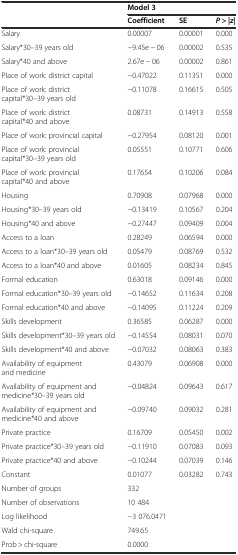
<table><thead><tr><td></td><td colspan="3"><b>Model 3</b></td></tr><tr><td></td><td><b>Coefficient</b></td><td><b>SE</b></td><td><b><i>P</i> &gt; |<i>z</i>|</b></td></tr></thead><tbody><tr><td>Salary</td><td>0.00007</td><td>0.00001</td><td>0.000</td></tr><tr><td>Salary*30–39 years old</td><td>−9.45e − 06</td><td>0.00002</td><td>0.535</td></tr><tr><td>Salary*40 and above</td><td>2.67e − 06</td><td>0.00002</td><td>0.861</td></tr><tr><td>Place of work: district capital</td><td>−0.47022</td><td>0.11351</td><td>0.000</td></tr><tr><td>Place of work: district capital*30–39 years old</td><td>−0.11078</td><td>0.16615</td><td>0.505</td></tr><tr><td>Place of work: district capital*40 and above</td><td>0.08731</td><td>0.14913</td><td>0.558</td></tr><tr><td>Place of work: provincial capital</td><td>−0.27954</td><td>0.08120</td><td>0.001</td></tr><tr><td>Place of work: provincial capital*30–39 years old</td><td>0.05551</td><td>0.10771</td><td>0.606</td></tr><tr><td>Place of work: provincial capital*40 and above</td><td>0.17654</td><td>0.10206</td><td>0.084</td></tr><tr><td>Housing</td><td>0.70908</td><td>0.07968</td><td>0.000</td></tr><tr><td>Housing*30–39 years old</td><td>−0.13419</td><td>0.10567</td><td>0.204</td></tr><tr><td>Housing*40 and above</td><td>−0.27447</td><td>0.09409</td><td>0.004</td></tr><tr><td>Access to a loan</td><td>0.28249</td><td>0.06594</td><td>0.000</td></tr><tr><td>Access to a loan*30–39 years old</td><td>0.05479</td><td>0.08769</td><td>0.532</td></tr><tr><td>Access to a loan*40 and above</td><td>0.01605</td><td>0.08234</td><td>0.845</td></tr><tr><td>Formal education</td><td>0.63018</td><td>0.09146</td><td>0.000</td></tr><tr><td>Formal education*30–39 years old</td><td>−0.14652</td><td>0.11634</td><td>0.208</td></tr><tr><td>Formal education*40 and above</td><td>−0.14095</td><td>0.11224</td><td>0.209</td></tr><tr><td>Skills development</td><td>0.36585</td><td>0.06287</td><td>0.000</td></tr><tr><td>Skills development*30–39 years old</td><td>−0.14554</td><td>0.08031</td><td>0.070</td></tr><tr><td>Skills development*40 and above</td><td>−0.07032</td><td>0.08063</td><td>0.383</td></tr><tr><td>Availability of equipment and medicine</td><td>0.43079</td><td>0.06908</td><td>0.000</td></tr><tr><td>Availability of equipment and medicine*30–39 years old</td><td>−0.04824</td><td>0.09643</td><td>0.617</td></tr><tr><td>Availability of equipment and medicine*40 and above</td><td>−0.09740</td><td>0.09032</td><td>0.281</td></tr><tr><td>Private practice</td><td>0.16709</td><td>0.05450</td><td>0.002</td></tr><tr><td>Private practice*30–39 years old</td><td>−0.11910</td><td>0.07083</td><td>0.093</td></tr><tr><td>Private practice*40 and above</td><td>−0.10244</td><td>0.07039</td><td>0.146</td></tr><tr><td>Constant</td><td>0.01077</td><td>0.03282</td><td>0.743</td></tr><tr><td>Number of groups</td><td>332</td><td></td><td></td></tr><tr><td>Number of observations</td><td>10 484</td><td></td><td></td></tr><tr><td>Log likelihood</td><td>−3 076.0471</td><td></td><td></td></tr><tr><td>Wald chi-square</td><td>749.65</td><td></td><td></td></tr><tr><td>Prob &gt; chi-square</td><td>0.0000</td><td></td><td></td></tr></tbody></table>